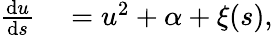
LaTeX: \begin{array}{rl}{\frac{\mathrm{d}u}{\mathrm{d}s}}&{{}=u^{2}+\alpha+\xi(s),}\end{array}